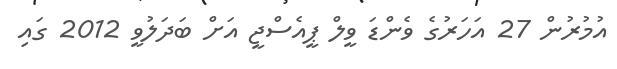
އުމުރުން 27 އަހަރުގެ ވެންޑަ ވީލް ޕީއެސްޖީ އަށް ބަދަލުވީ 2012 ގައި